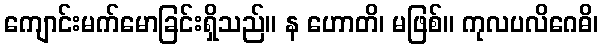
ကျောင်းမက်မောခြင်းရှိသည်။ န ဟောတိ၊ မဖြစ်။ ကုလပလိဂေဓိ၊